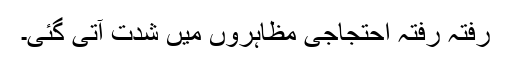
رفتہ رفتہ احتجاجی مظاہروں میں شدت آتی گئی۔